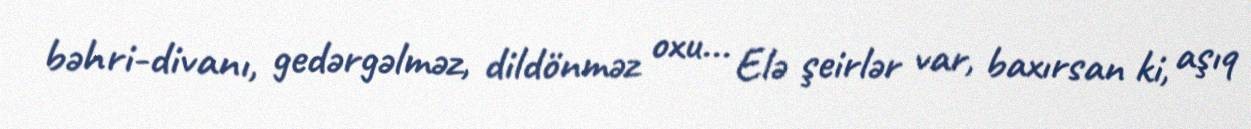
bəhri-divanı, gedərgəlməz, dildönməz oxu... Elə şeirlər var, baxırsan ki, aşıq